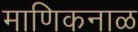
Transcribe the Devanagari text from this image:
माणिकनाळ